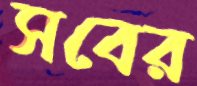
সবের